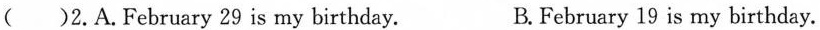
()2. A. February 29 is my birthday. B.February 19 is my birthday.